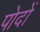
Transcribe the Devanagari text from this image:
पोदों